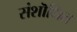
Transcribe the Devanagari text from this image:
संशॊधित